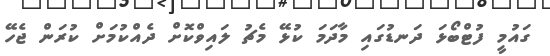
ގައުމީ ފުޓްބޯޅަ ދަނޑުގައި މާދަމަ ކުޅޭ މެޗު ލައިވްކޮށް ދެއްކުމަށް ކުރަން ޖެހޭ